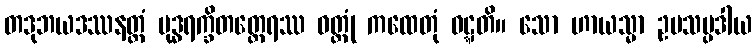
တဒုဘယဒဿနတ္ထံ ဗုဒ္ဓရက္ခိတတ္ထေရဿ ဝတ္ထုံ ကထေတုံ ဝဋ္ဋတိ။ သော ဟာယသ္မာ ဥပသမ္ပဒါယ